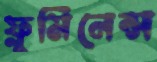
ফ্লুমিনেন্স